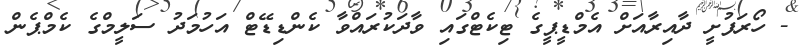
- ހޯރަފުށީ ދާއިރާއަށް އެމްޑީޕީގެ ޓިކެޓްގައި ވާދަކުރައްވާ ކެންޑިޑޭޓް އަހުމަދު ސަލީމްގެ ކެމްޕެން